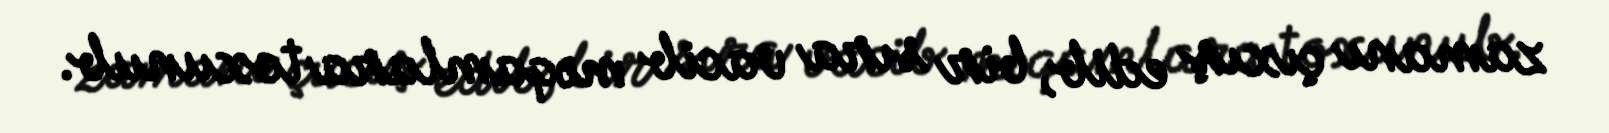
zamanı çıxış edib, bir sıra vacib məqamlara toxunub.